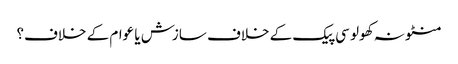
منٹو نہ کھولو	سی پیک کے خلاف سازش یا عوام کے خلاف؟